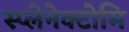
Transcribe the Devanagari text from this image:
स्प्लेनेक्टोमि